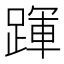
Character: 𨂱